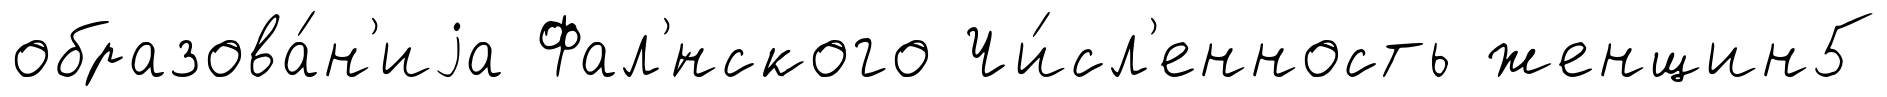
образова́н'иjа Фал'́нского Чи́сл'енность женщин5